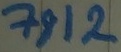
Text: 7812